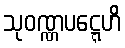
သုဝဏ္ဏပဋ္ဋေဟိ